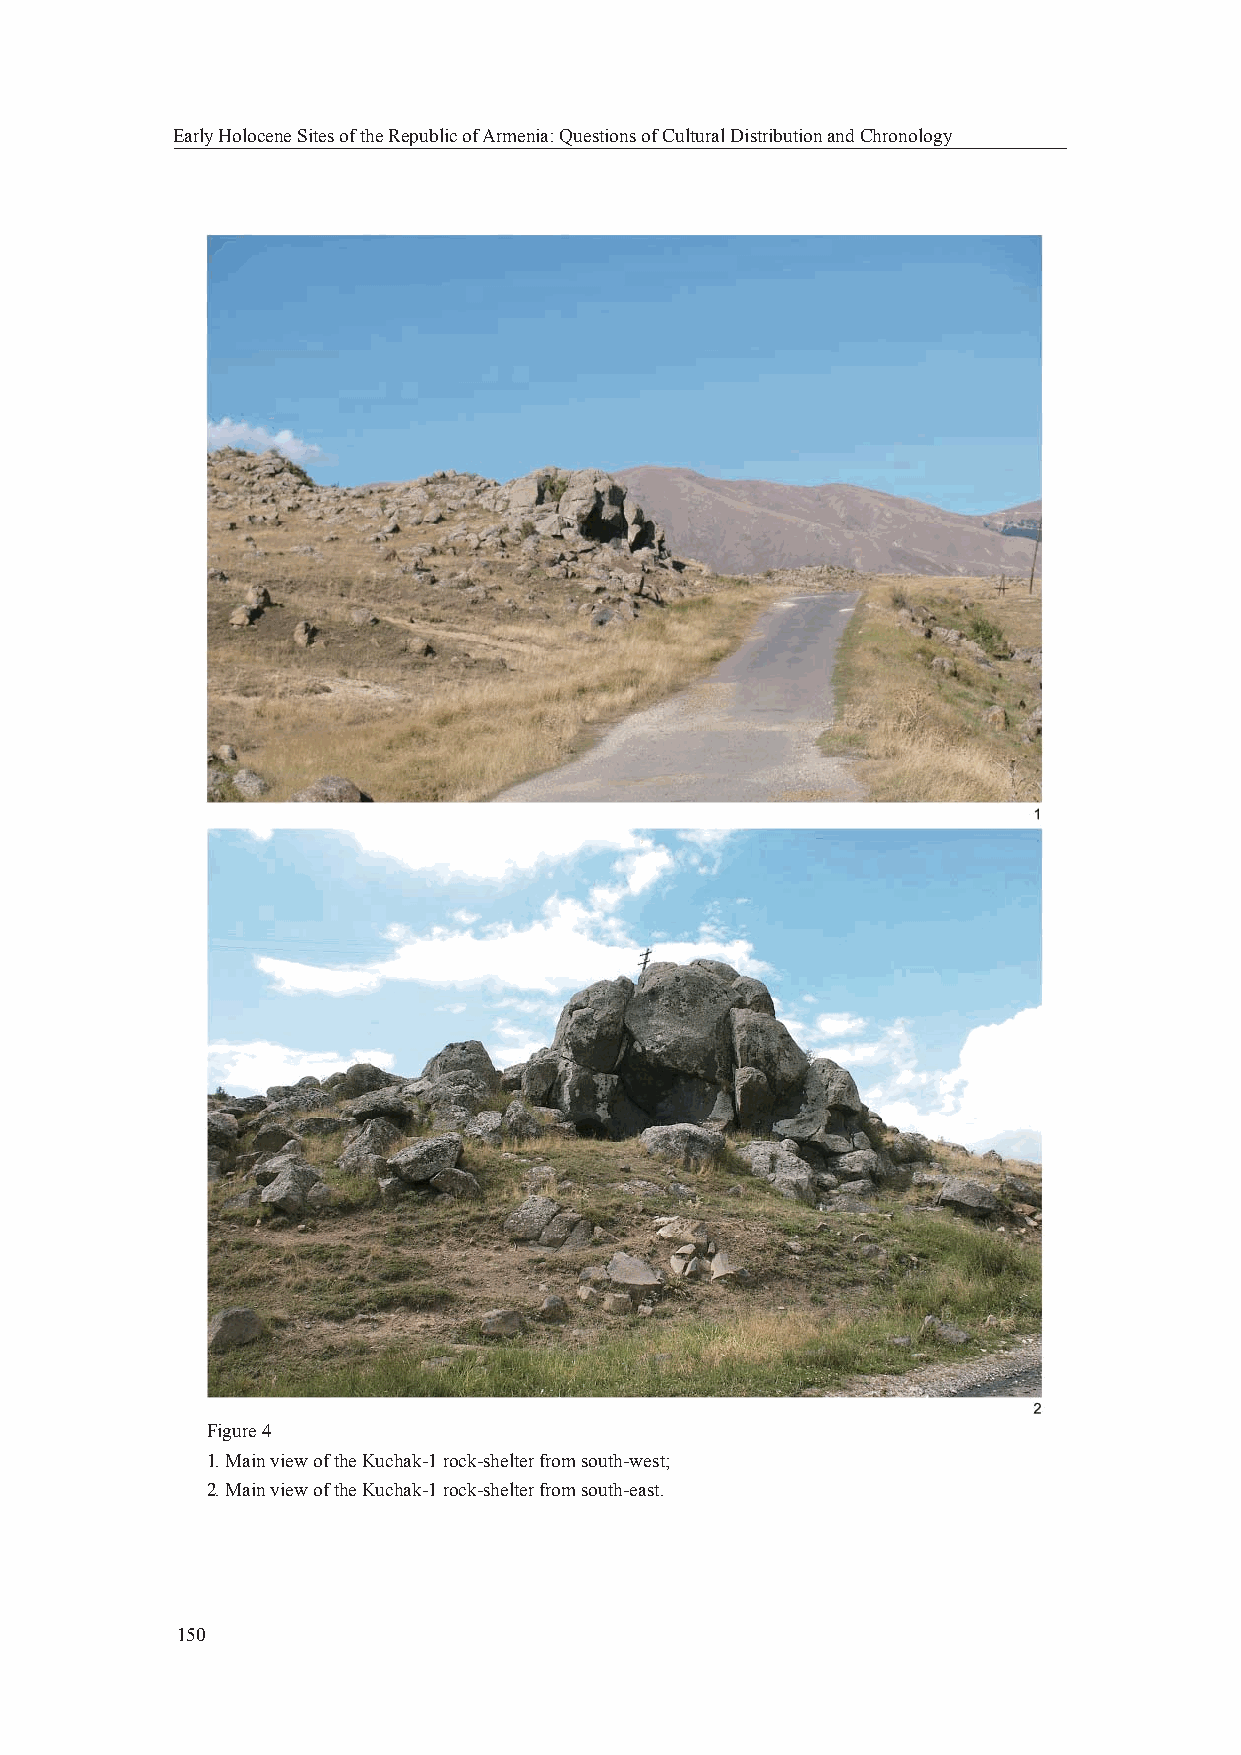
Early Holocene Sites of the Republic of Armenia: Questions of Cultural Distribution and Chronology
 Figure 4
 1. Main view of the Kuchak-1 rock-shelter from south-west;
 2. Main view of the Kuchak-1 rock-shelter from south-east.
 150